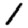
Digit: 1